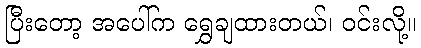
ပြီးတော့ အပေါ်က ရွှေချထားတယ်၊ ဝင်းလို့။